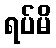
ရပ်မိ